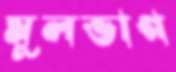
মূলভাগ